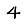
Digit: 4